Sanitation, dispensaries and jails vaccination Rajputana 1922-1927 - 1922-1927
Year: 1922
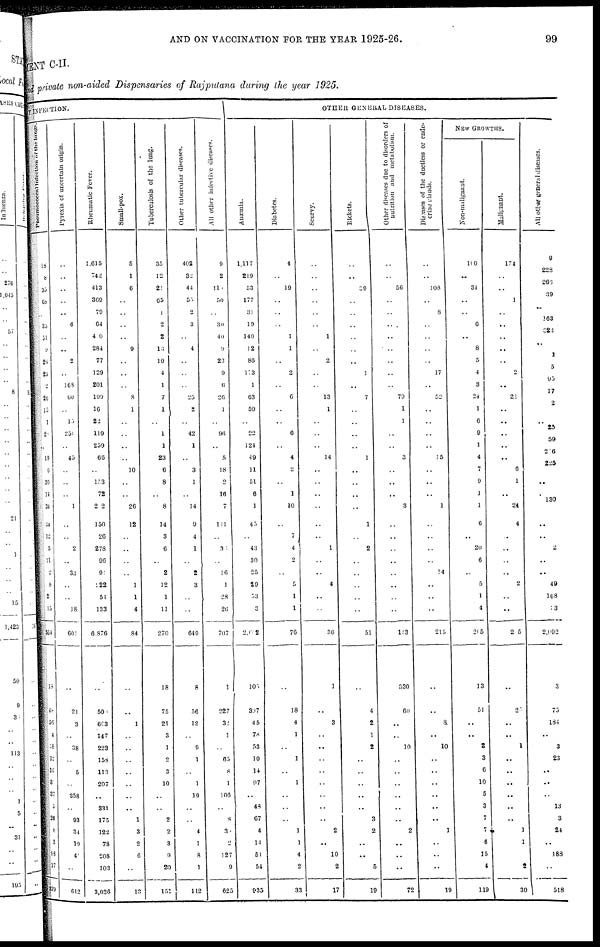
AND ON VACCINATION FOR THE YEAR 1925-26.
99
MENT C-II.
and private non-aided Dispensaries of Rajputana during the year 1925.
INFECTION
Pneumococcal
Infection of the lungs
18
8
35
68
..
33
51
9
26
23
2
26
15
1
2
..
19
6
30
14
34
34
12
5
11
2
8
2
15.
554
18
48
56
4
1 8
12
l6
3
37
5
26
8
3
98
17
379
Pyrexia of uncertain origin.
..
..
..
..
..
6
..
..
2
..
168
60
..
15
251
..
45
..
..
..
1
..
..
2
..
33
..
..
18
601
..
21
3
..
38
..
5
..
358
..
93
34
19
4
..
612
Rheumatic Fever.
1,615
742
413
369
79
64
4 0
284
77
129
201
199
16
22
110
259
66
..
153
72
2 2
150
20
278
96
9
22
51
133
6,876
..
50
663
147
223
158
113
207
..
331
175
122
78
208
103
3,036
Small-pox.
5
1
6
..
..
..
..
9
..
..
..
8
1
..
..
..
..
10
..
..
26
12
..
..
..
..
1
1
4
84
..
..
1
..
..
..
..
..
..
..
1
3
2
6
..
13
Tuberculosis of the lung.
35
..
..
..
..
..
..
..
..
..
..
..
1
..
..
..
..
..
..
..
..
..
..
..
..
..
..
..
..
270
18
75
21
3
1
2
3
10
..
..
2
2
3
9
20
151
Other tubercular diseases.
402
32
44
55
2
3
..
4
..
..
..
25
2
..
42
1
..
3
1
..
14
9
4
1
..
2
3
..
..
649
8
56
12
..
9
1
..
1
19
..
..
4
1
8
1
112
All other infective diseases.
9
2
11
50
..
30
40
9
23
9
6
26
1
..
96
..
5
18
2
16
7
111
..
3
..
16
1
28
26
707
1
227
32
1
..
65
8
1
106
..
8
3
2
127
9
625
OTHER GENERAL
DISEASES.
Anæmia.
1,117
219
53
177
31
19
140
12
86
173
1
63
59
..
22
124
49
11
51
6
1
45
..
43
30
25
29
53
3
2,62
105
307
45
78
53
10
14
97
..
48
67
4
14
51
54
935
Diabetes.
4
..
19
..
..
..
1
1
..
2
..
6
..
..
6
..
4
2
..
1
10
..
7
4
2
..
5
1
1
76
..
18
4
1
..
1
..
1
..
..
..
1
1
4
2
33
Scurvy.
..
..
..
..
..
..
1
..
2
..
..
13
1
..
..
..
14
..
..
..
..
..
..
1
..
..
4
..
..
36
1
..
3
..
..
..
..
..
..
..
..
2
..
10
2
17
Rickets.
..
..
39
..
..
..
..
..
..
1
..
7
..
..
..
..
1
..
..
..
..
1
..
2
..
..
..
..
..
51
..
4
2
..
2
..
..
..
..
..
..
2
..
..
5
19
Other diseases due to disorders of
nutrition and metabolism.
..
..
56
..
..
..
..
..
..
..
..
79
1
1
..
..
3
..
..
..
3
..
..
..
..
..
..
..
..
l43
330
60
..
1
10
..
..
..
..
..
3
2
..
..
..
72
Diseases of the ductless or endo-
crine
glands.
..
..
108
..
8
..
..
..
..
17
..
52
..
..
..
..
15
..
..
..
1
..
..
..
..
14
..
..
..
215
..
..
8
..
10
..
..
..
..
..
..
1
..
..
..
19
NEW GROWTHS.
Non-malignant.
100
..
34
..
..
6
..
8
5
4
3
24
1
6
9
1
4
7
9
1
1
6
..
20
6
..
5
1
4
205
13
51
..
..
2
3
6
10
5
3
7
7
6
15
4
119
Malignant.
174
..
..
1
..
..
..
..
..
2
..
21
..
..
..
..
..
6
1
..
24
4
..
..
..
..
2
..
..
2 5
..
25
..
..
1
..
..
..
..
..
..
1
1
..
2
3 0
All other general diseases.
9
228
263
39
..
163
323
..
1
5
95
17
2
25
59
2 6
225
..
..
130
..
..
..
2
..
..
49
168
33
2,092
3
75
184
..
3
23
..
..
..
13
3
24
..
188
..
518